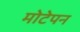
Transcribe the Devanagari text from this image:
मोटेपन